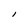
Character: l